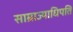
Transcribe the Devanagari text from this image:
साम्राज्याधिपति